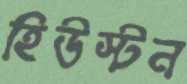
হিউস্টন